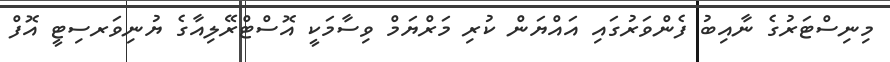
މިނިސްޓަރުގެ ނާއިބު ފެންވަރުގައި އައްޔަން ކުރި މަރްޔަމް ވިސާމަކީ އޮސްޓްރޭލިއާގެ ޔުނިވަރސިޓީ އޮފް